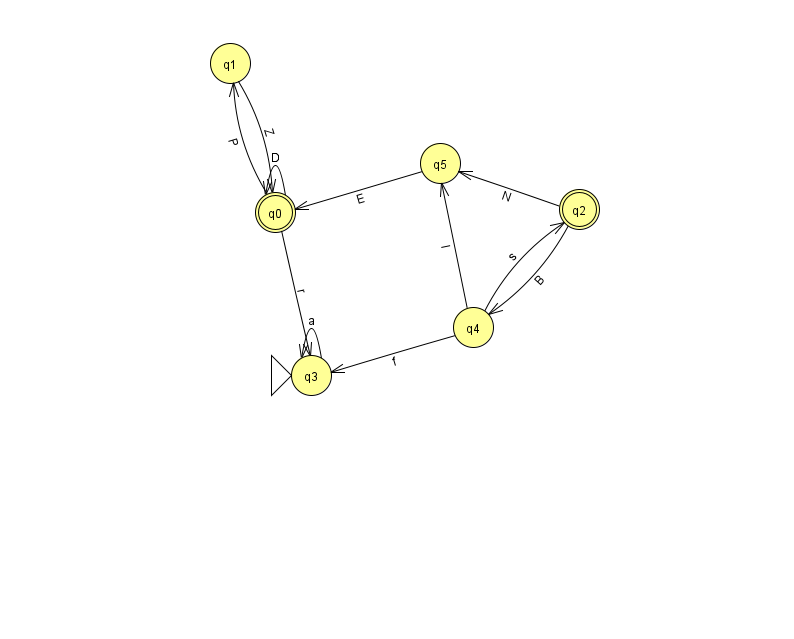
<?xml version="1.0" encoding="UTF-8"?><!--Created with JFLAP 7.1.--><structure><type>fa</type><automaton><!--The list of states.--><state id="0" name="q0"><x>275.0</x><y>199.0</y><final/></state><state id="1" name="q1"><x>230.0</x><y>50.0</y></state><state id="2" name="q2"><x>579.0</x><y>196.0</y><final/></state><state id="3" name="q3"><x>311.0</x><y>362.0</y><initial/></state><state id="4" name="q4"><x>473.0</x><y>314.0</y></state><state id="5" name="q5"><x>440.0</x><y>150.0</y></state><!--The list of transitions.--><transition><from>3</from><to>3</to><read>a</read></transition><transition><from>2</from><to>5</to><read>N</read></transition><transition><from>0</from><to>0</to><read>D</read></transition><transition><from>0</from><to>1</to><read>P</read></transition><transition><from>4</from><to>3</to><read>f</read></transition><transition><from>4</from><to>2</to><read>s</read></transition><transition><from>2</from><to>4</to><read>B</read></transition><transition><from>4</from><to>5</to><read>l</read></transition><transition><from>0</from><to>3</to><read>r</read></transition><transition><from>5</from><to>0</to><read>E</read></transition><transition><from>1</from><to>0</to><read>Z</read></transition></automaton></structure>